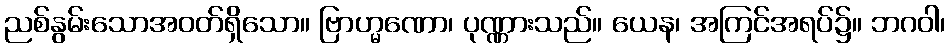
ညစ်နွမ်းသောအဝတ်ရှိသော။ ဗြာဟ္မဏော၊ ပုဏ္ဏားသည်။ ယေန၊ အကြင်အရပ်၌။ ဘဂဝါ၊